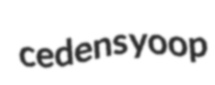
cedens yoop